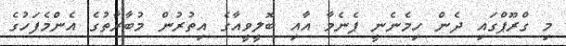
މި ގްރޫޕްގައި ދެން ހިމެނެނީ ޕެނެމާ އާއި ބޮލީވީއާގެ އިތުރުން މުބާރާތުގެ އެންމެފަހުގެ